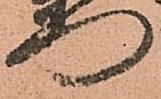
門